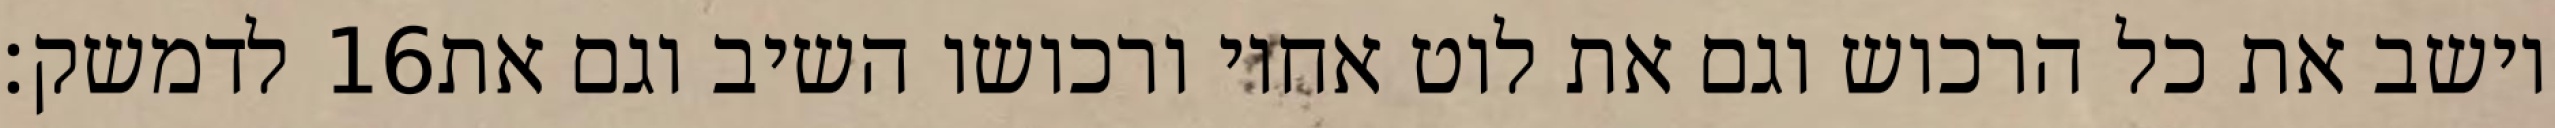
לדמשק׃ ‎16‏ וישב את כל הרכוש וגם את לוט אחיו ורכושו השיב וגם את